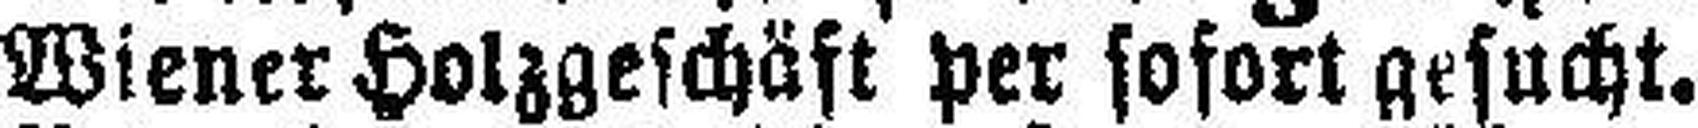
Wiener Holzgeschäft per sofort gesucht.